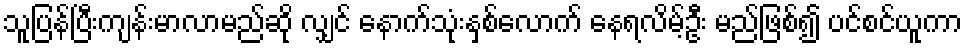
သူပြန်ပြီးကျန်းမာလာမည်ဆို လျှင် နောက်သုံးနှစ်လောက် နေရလိမ့်ဦး မည်ဖြစ်၍ ပင်စင်ယူကာ